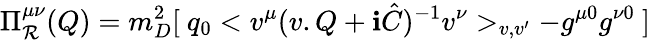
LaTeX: \Pi_{\mathcal{R}}^{\mu\nu}(Q)=m_{D}^{2}[\ q_{0}<v^{\mu}(v.Q+\mathbf{i}\hat{{C}})^{-1}v^{\nu}>_{v,v^{\prime}}-g^{\mu0}g^{\nu0}\ ]